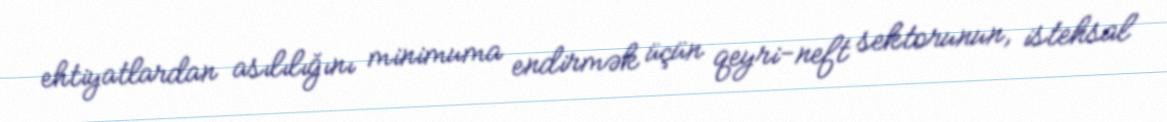
ehtiyatlardan asılılığını minimuma endirmək üçün qeyri-neft sektorunun, istehsal